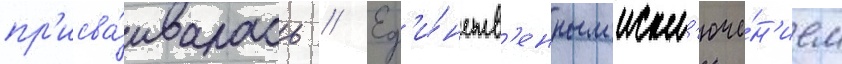
пр'исва́ивалась // Ед'и́нств'енным искл'юче́н'ием